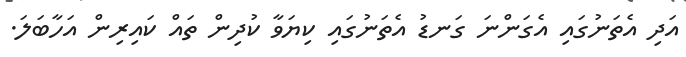
އަދި އެތަނުގައި އެގަންނަ ގަނޑު އެތަނުގައި ކިޔަވާ ކުދިން ތައް ކައިރިން އަހާބަލަ.